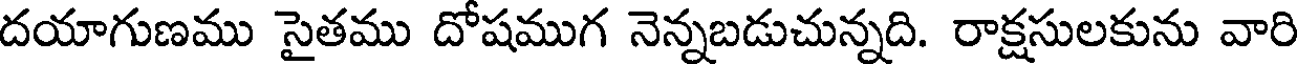
దయాగుణము సైతము దోషముగ నెన్నబడుచున్నది. రాక్షసులకును వారి